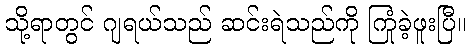
သို့ရာတွင် ဂျရယ်သည် ဆင်းရဲသည်ကို ကြုံခဲ့ဖူးပြီ။